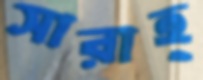
সারাহ্